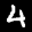
Label: 4